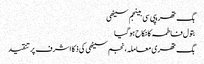
بگ تھریپی سی بینجم سیٹھی
بتول فاطمہ کا نکاح ہوگیا
بگ تھری معاملہ، نجم سیٹھی کی ذکا اشرف پر تنقید